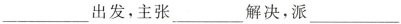
___出发，主张___解决，派___